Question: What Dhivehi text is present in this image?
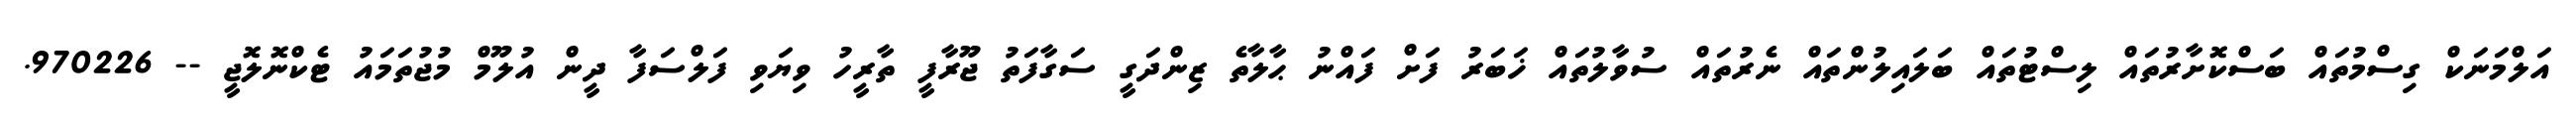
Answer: އަލްމަނަކް ގިސްމުތައް ބަސްކޮށާރުތައް ލިސްޓުތައް ބަލައިލުންތައް ނެރުތައް ސުވާލުތައް ޚަބަރު ފަށް ފައްނު ޙާލާތެ ޒިންދަގީ ސަގާފަތު ޖޫރާފީ ތާރީހު ވިޔަވި ފަލްސަފާ ދީން އުލޫމް މުޖުތަމައު ޓެކްނޮލޮޖީ -- 970226.